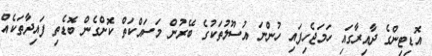
އޮޑިޓިންގެ ދާއިރާގައި ހަމަޖެހިފައި ހުންނަ އުސޫލުތަކުގެ ބޭރުން މަސައްކަތް ކޮށްގެން ބޮޑެތި ފައިދާތަކެއް